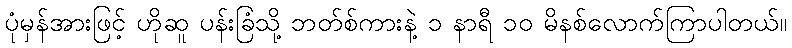
ပုံမှန်အားဖြင့် ဟိုဆူ ပန်းခြံသို့ ဘတ်စ်ကားနဲ့ ၁ နာရီ ၁၀ မိနစ်လောက်ကြာပါတယ်။